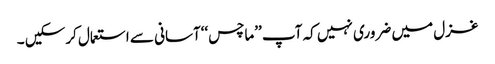
غزل میں ضروری نہیں کہ آپ ’’ماچس‘‘آسانی سے استعمال کرسکیں ۔